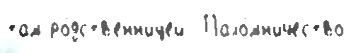
там ро́дств'енн'ицей  Пало́мн'ичество